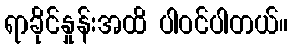
ရာခိုင်နှုန်းအထိ ပါဝင်ပါတယ်။